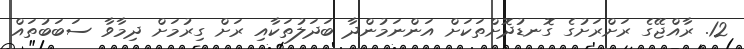
12. ރާއްޖޭގެ ރަށްރަށުގެ ގޮނޑުދޮށްތަކަށް އަންނަމުންދާ ބަދަލުތަކާއި ރަށް ގިރުމަށް ދިމާވާ ސަބަބުތައް